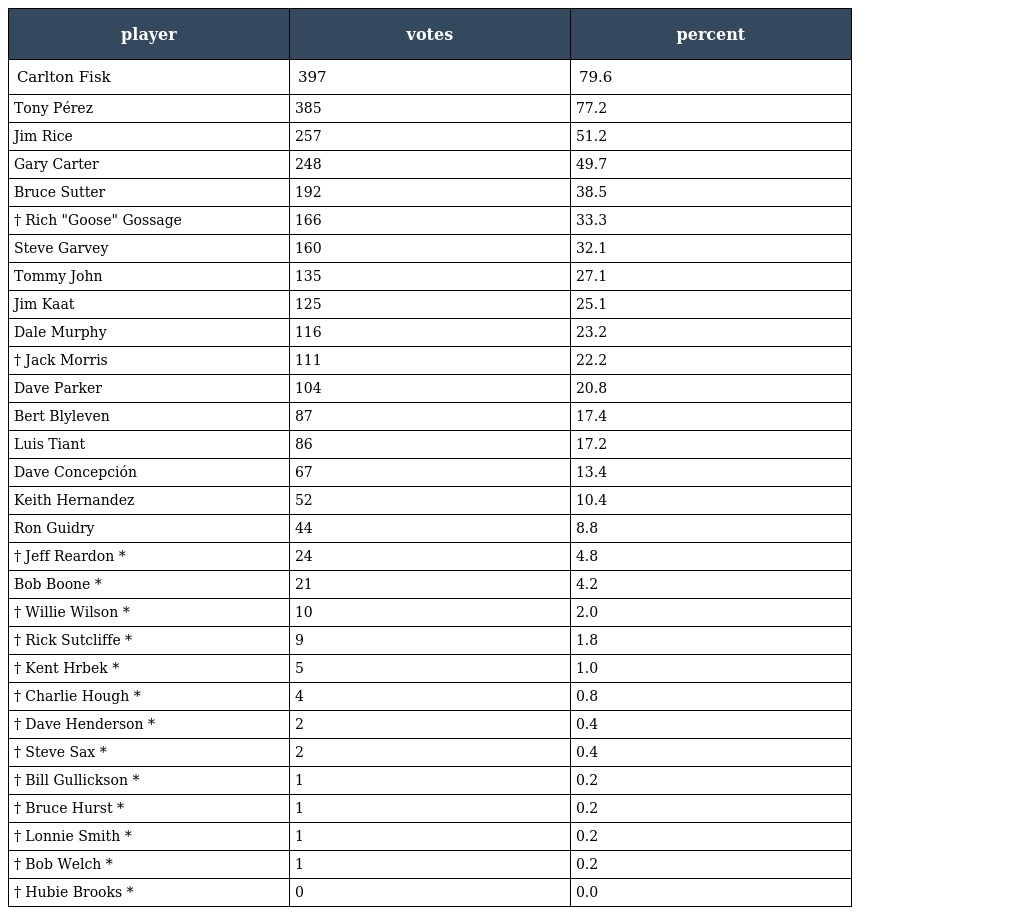
| player | votes | percent |
 | --- | --- | --- |
 | Carlton Fisk | 397 | 79.6 |
 | Tony Pérez | 385 | 77.2 |
 | Jim Rice | 257 | 51.2 |
 | Gary Carter | 248 | 49.7 |
 | Bruce Sutter | 192 | 38.5 |
 | † Rich "Goose" Gossage | 166 | 33.3 |
 | Steve Garvey | 160 | 32.1 |
 | Tommy John | 135 | 27.1 |
 | Jim Kaat | 125 | 25.1 |
 | Dale Murphy | 116 | 23.2 |
 | † Jack Morris | 111 | 22.2 |
 | Dave Parker | 104 | 20.8 |
 | Bert Blyleven | 87 | 17.4 |
 | Luis Tiant | 86 | 17.2 |
 | Dave Concepción | 67 | 13.4 |
 | Keith Hernandez | 52 | 10.4 |
 | Ron Guidry | 44 | 8.8 |
 | † Jeff Reardon * | 24 | 4.8 |
 | Bob Boone * | 21 | 4.2 |
 | † Willie Wilson * | 10 | 2.0 |
 | † Rick Sutcliffe * | 9 | 1.8 |
 | † Kent Hrbek * | 5 | 1.0 |
 | † Charlie Hough * | 4 | 0.8 |
 | † Dave Henderson * | 2 | 0.4 |
 | † Steve Sax * | 2 | 0.4 |
 | † Bill Gullickson * | 1 | 0.2 |
 | † Bruce Hurst * | 1 | 0.2 |
 | † Lonnie Smith * | 1 | 0.2 |
 | † Bob Welch * | 1 | 0.2 |
 | † Hubie Brooks * | 0 | 0.0 |